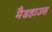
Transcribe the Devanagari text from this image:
मैडहाउस